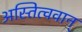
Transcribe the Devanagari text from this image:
अस्तित्ववान्‌